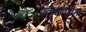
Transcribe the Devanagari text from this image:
प्रत्याहाराने